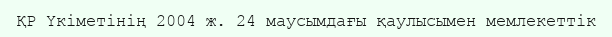
ҚР Үкіметінің 2004 ж. 24 маусымдағы қаулысымен мемлекеттік